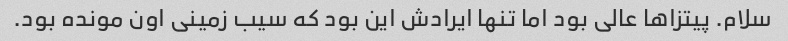
سلام. پیتزاها عالی بود اما تنها ایرادش این بود که سیب زمینی اون مونده بود.